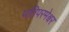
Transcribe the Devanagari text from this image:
पतिपरमेश्वर